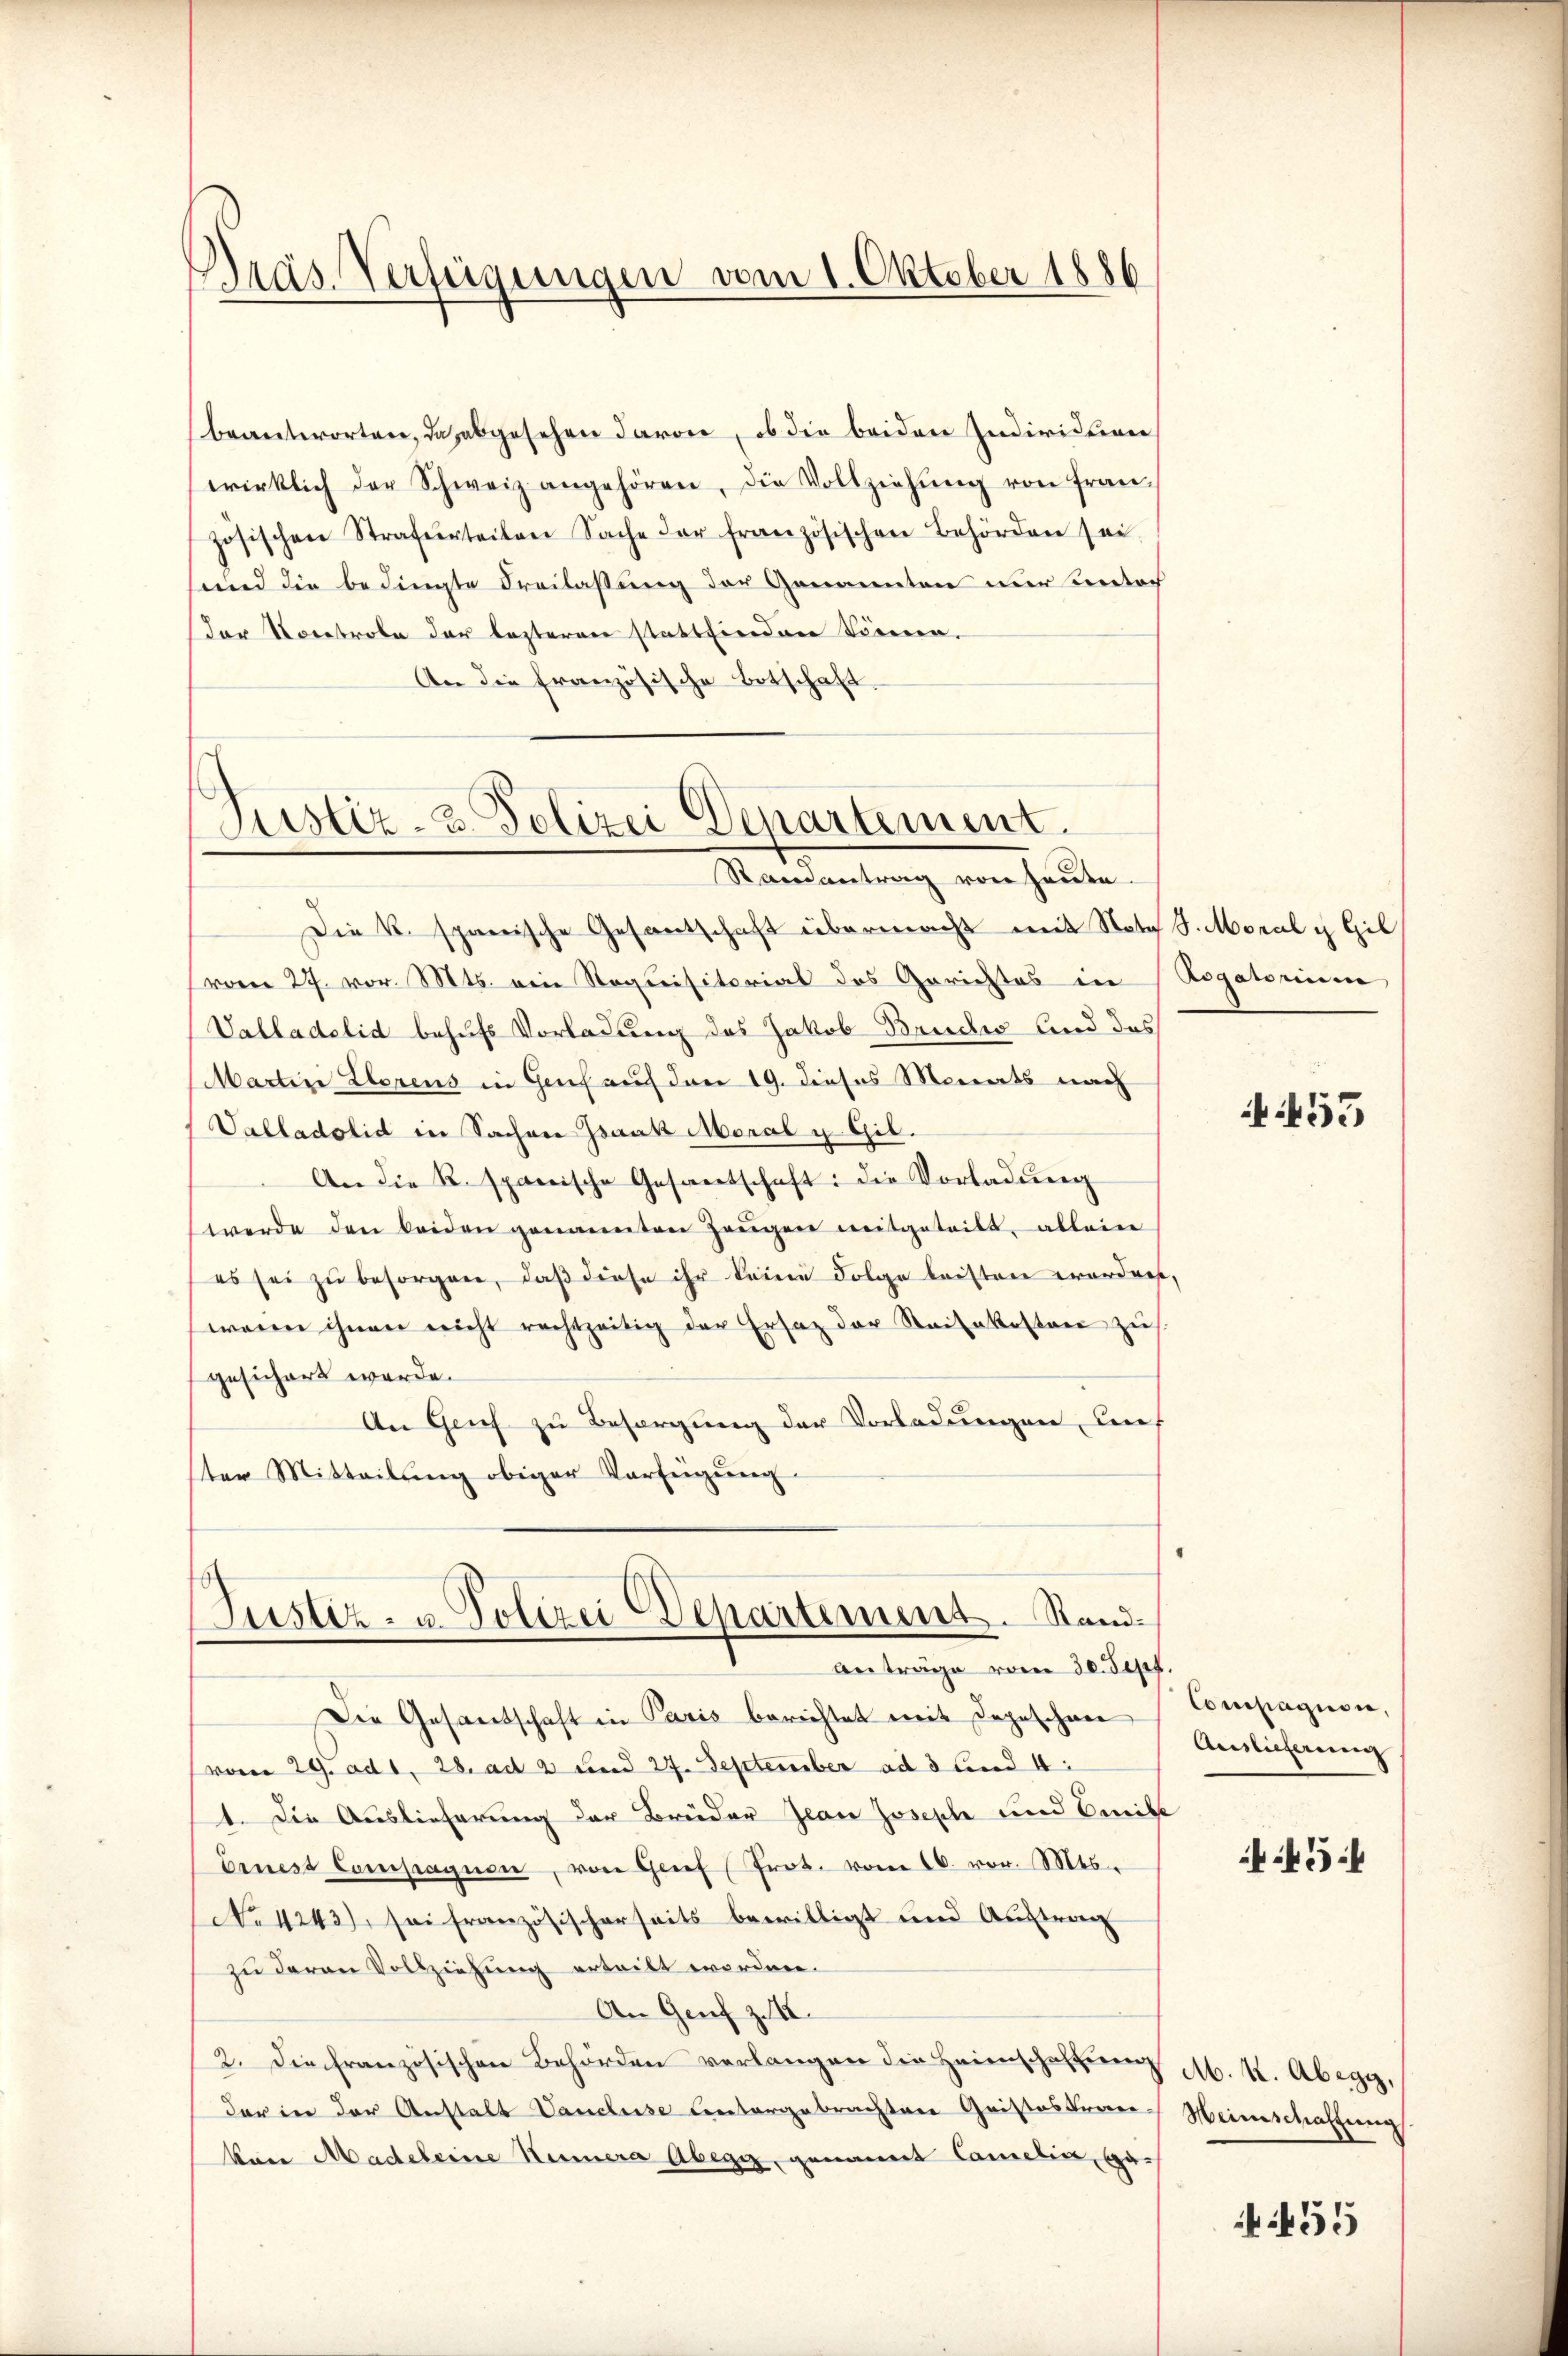
Präs. Verfügungen vom 1. Oktober 1886

beantworten, das abgesehen davon, ob die beiden Individuen
wirklich der Schweiz angehören, die Vollziehŭng von fran-
zösischen Strafurteilen Sache der französischen Behörden sei.
und die bedingte Freilassung der Genannten nur Lintoch
der Noretrobe der lezteren stattfinden können.
An die französische Botschaft.

Justiz- u. Polizei Departement.
Ramantrag von Hause.

Die R. spanische Gesantschaft übermacht mit Note S. Moral u Gil
(vom 27. vor. Mts. ein Requisitorial des Gerichtes in Rogatorium
Valladelid behufs Vorladung des Jakob Bruder und das
Martin Lorens in Genf auf den 19. dieses Monats nach
Valladolid in Sachen Isaak Moral u Gil.
An die R. spanische Gesantschaft: die Vorladŭng
werde den beiden genannten Zeŭgen mitgeteilt, allein
es sei zŭ besorgen, daβ diese ihr keine Folge leisten worden,
wenn ihnen nicht rechtzeitig der Ersatz der Raifakosten zu
gesichert werde.
An Genf zu Besorgung der Vorladungen, lief
ster Mitteilung obiger Verfügung
Justiz- u. Polizei Departement. Stand¬
Anträge vom 30. Sept.
Die Gesandschaft in Paris berichtet mit Depeschen
(vom 29. ad 1. 28. ad 2 und 27. September ad 3 und 4:
1. Die Auslieferung der Brüder Jean Josephe und Beibe
Ernest Compagnen, von Grief (Prot. vom 16. vor. Mts.
No 4243), sei französischerseits bewilligt und Auftrag
zu deren Vollziehung erteilt worden.
An Genf z. 12.
2. Die Französischen Behörden verlangen die Heimschaftung M. K. Abegg,
der in der Anstalt Vancluse untergebrachten Quistostren-Meimschaffung
von Madeleine Hamera Abegg, genannt Camelia, ge-

455

Compagion,
Auslieferung

454

455